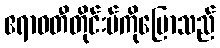
ဧရာဝတီတိုင်းမ်ကိုပြောသည်